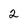
Character: 2